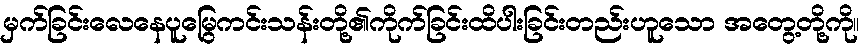
မှက်ခြင်းလေနေပူမြွေကင်းသန်းတို့၏ကိုက်ခြင်းထိပါးခြင်းတည်းဟူသော အတွေ့တို့ကို။